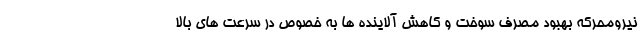
نیرومحرکه بهبود مصرف سوخت و کاهش آلاینده ها به خصوص در سرعت های بالا